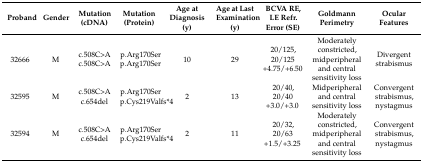
| Proband | Gender | Mutation (cDNA) | Mutation (Protein) | Age at Diagnosis (y) | Age at Last Examination (y) | BCVA RE, LE Refr. Error (SE) | Goldmann Perimetry | Ocular Features |
 | --- | --- | --- | --- | --- | --- | --- | --- | --- |
 | 32666 | M | c.508C>A c.508C>A | p.Arg170Ser p.Arg170Ser | 10 | 29 | 20/125, 20/125 +4.75/+6.50 | Moderately constricted, midperipheral and central sensitivity loss | Divergent strabismus |
 | 32595 | M | c.508C>A c.654del | p.Arg170Ser p.Cys219Valfs*4 | 2 | 13 | 20/40, 20/40 +3.0/+3.0 | Midperipheral and central sensitivity loss | Convergent strabismus, nystagmus |
 | 32594 | M | c.508C>A c.654del | p.Arg170Ser p.Cys219Valfs*4 | 2 | 11 | 20/32, 20/63 +1.5/+3.25 | Moderately constricted, midperipheral and central sensitivity loss | Convergent strabismus, nystagmus |